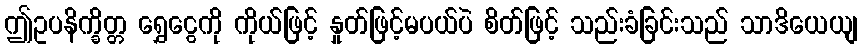
ဤဥပနိက္ခိတ္တ ရွှေငွေကို ကိုယ်ဖြင့် နှုတ်ဖြင့်မပယ်ပဲ စိတ်ဖြင့် သည်းခံခြင်းသည် သာဒိယေယျ